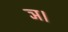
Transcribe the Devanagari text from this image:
ञ।